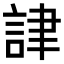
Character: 𧧪